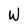
Character: W